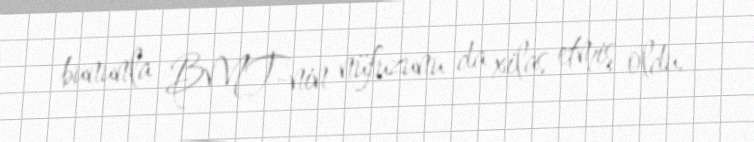
bununla BMT-nin nüfuzunu da xilas etmiş oldu.